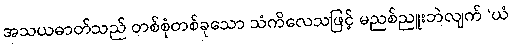
အသယဓာတ်သည် တစ်စုံတစ်ခုသော သံကိလေသဖြင့် မညစ်ညူးဘဲလျက် ‘ယံ